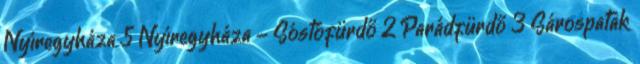
Nyíregyháza 5 Nyíregyháza - Sóstófürdő 2 Parádfürdő 3 Sárospatak